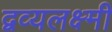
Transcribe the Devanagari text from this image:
द्वव्यलक्ष्मी